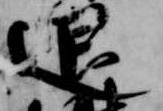
退